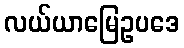
လယ်ယာမြေဥပဒေ